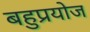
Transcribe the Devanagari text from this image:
बहुप्रयोज